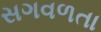
સગવળતા